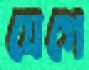
যেগে